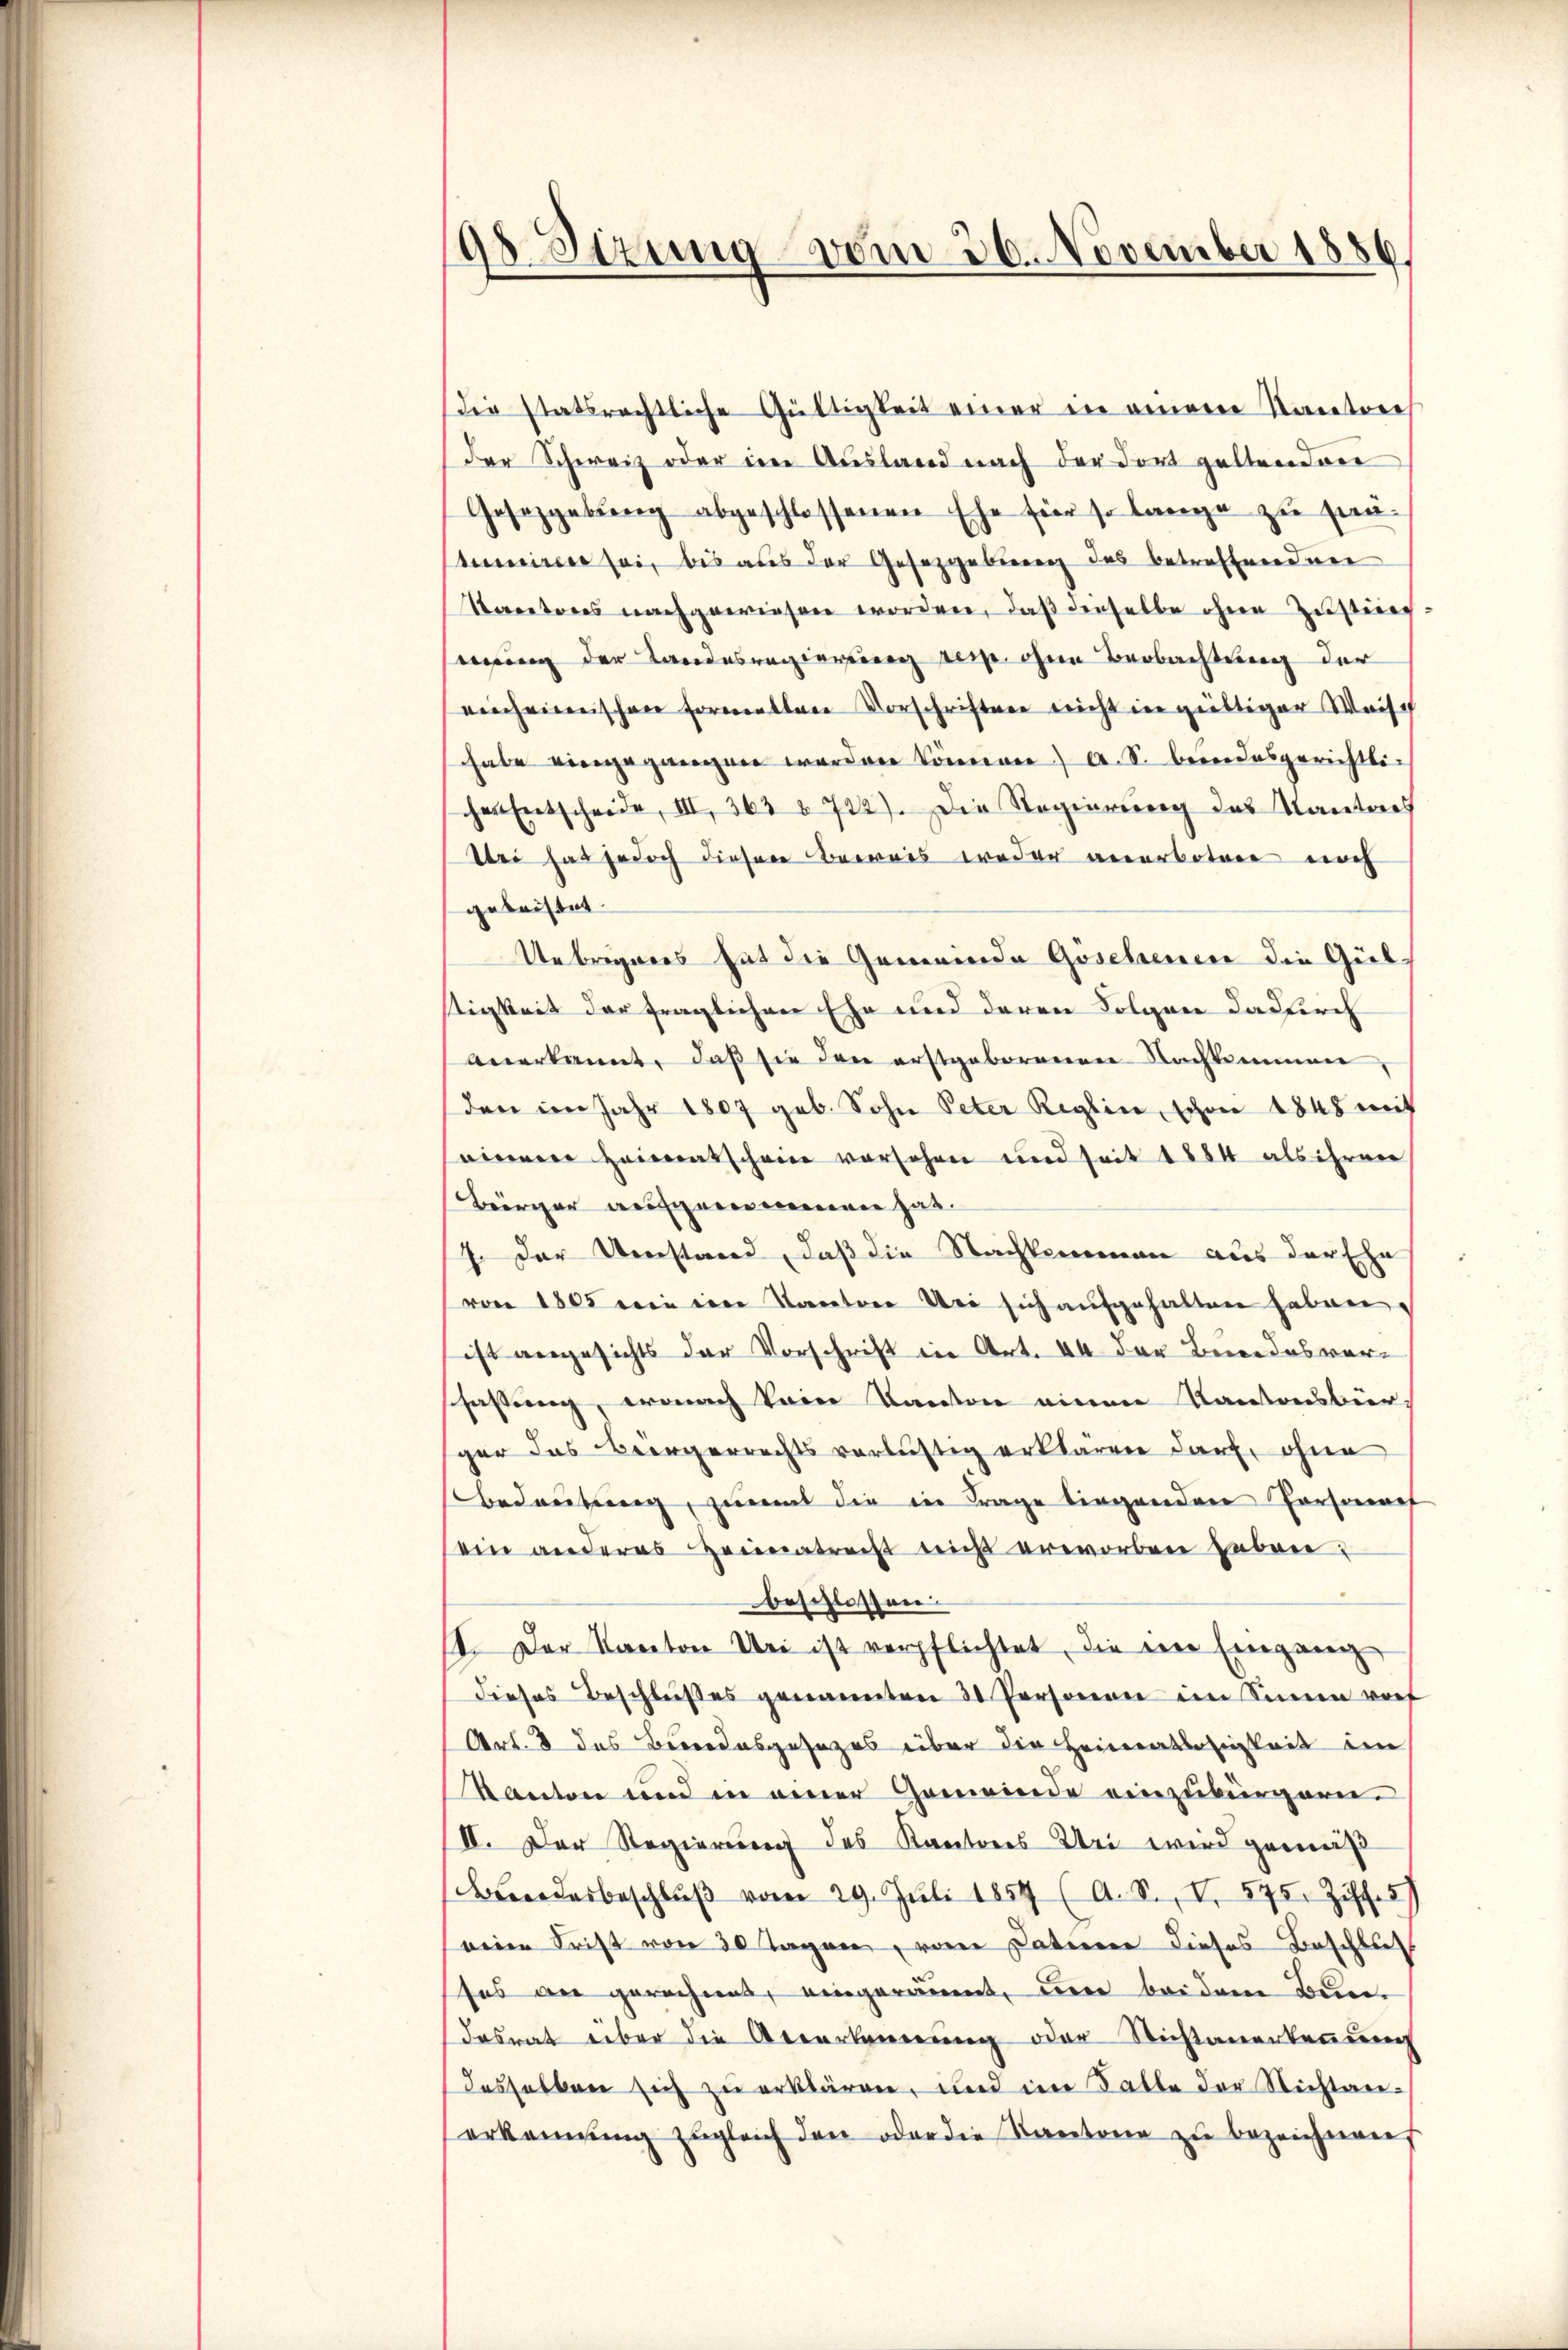
98 Sizung vom 26. November 1886

die statsrechtliche Gültigkeit einer in einem Kantone
der Schweiz oder im Ausland nach der dort geltenden
Gesetzgebŭng abgeschlossenen Ehe für so lange zu prä-
timiren sei, bis aus der Gesetzgebung des betreffenden
Toctores nachgewiesen worden, daß derselbe ohne Zustice.
erung der Landesregierung resp. ohne Beobachtung der
einheimischen Formatten Vorschriften nicht in gültiger Waisch
habe eingegangen werden können) A. S. beendesgerichtlichen Entscheide, III. 363 § 742). Die Regierŭng des Kantones
Sei hat jedoch dieser Beweis weder anerbotene noch
gebaistet
Uebrigenes hat die Gemeinde Gosehenen die Gül
stigkeit der fraglichen Ehe und deren Folgen dadkirch
anerkannt, daß sie den erstgeborenen Nachkommen
(den im Jahr 1807 geb. Sohn Peter Reglin, schon 1848 mit
seinem Heimatschein versehen und seit 1884 als ihren
Berger angen hat.
7. Der Umstand, daß die Nachkommen aus der Ehe
von 1805 wie im Kanton Uri sich aufgehalten haben.
ist angesichts der Vorschrift in Art. 44 der Beendesversfassung, wonach kein Kanton einen Kantonsbürgar das Beergerrechts verlustig erklären darf ohne
Bedeutung, zumal die in Frage liegenden Personef
ein anderes Heimatrecht mich erworben haben?
beschlossen.
11. Der Kanton Uri ist verpflichtet, die eine Eingang
dieses Beschlußes genannten 30 Personen im Sinne vorf
Art. 8 des Berrodesgesezes über die Heimatssigkeit im
Kanton und in einer Gemeinde einzubürgern.
IV. Der Regierung des Kantons Uri wird gemäß
Bdesbeschlŭβ vom 29. Juli 1854 (A. S. V. 575. Ziff. 5
reien Frist von 30 Tagen, von Datenen dieses Beschluses an gerechnes, eingeräumt, um beidem Bundesrat über die Anverbauerung oder Richtanerkennung
desselben sich zu erklären, und im Falle der Nichtan-
erkennung zŭgleich den oder die Kantone zŭ bezeichnen,